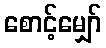
စောင့်မျှော်